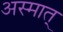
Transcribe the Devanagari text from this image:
अस्मात्‌